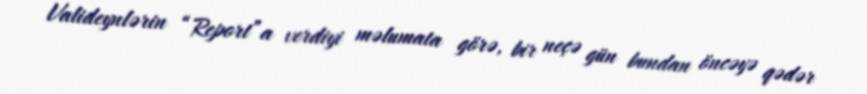
Valideynlərin “Report”a verdiyi məlumata görə, bir neçə gün bundan öncəyə qədər